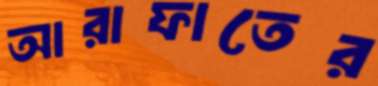
আরাফাতের